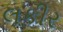
લકીર